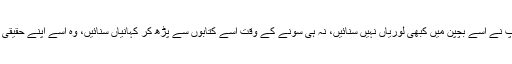
ٹینگو کے باپ نے اسے بچپن میں کبھی لوریاں نہیں سنائیں، نہ ہی سونے کے وقت اسے کتابوں سے پڑھ کر کہانیاں سنائیں، وہ اسے اپنے حقیقی تجربات بتاتا۔